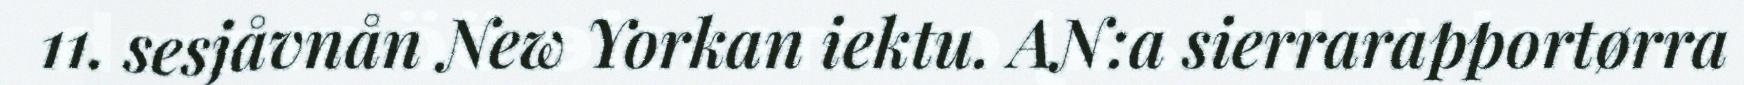
11. sesjåvnån New Yorkan iektu. AN:a sierrarapportørra